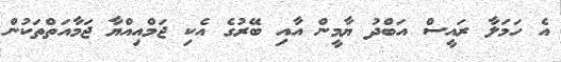
އެ ހަމަލާ ރައީސް އަބްދު ޔާމީން އާއި ބޭރުގެ އެކި ޖަމްއިއްޔާ ޖަމާއަތްތަކުން